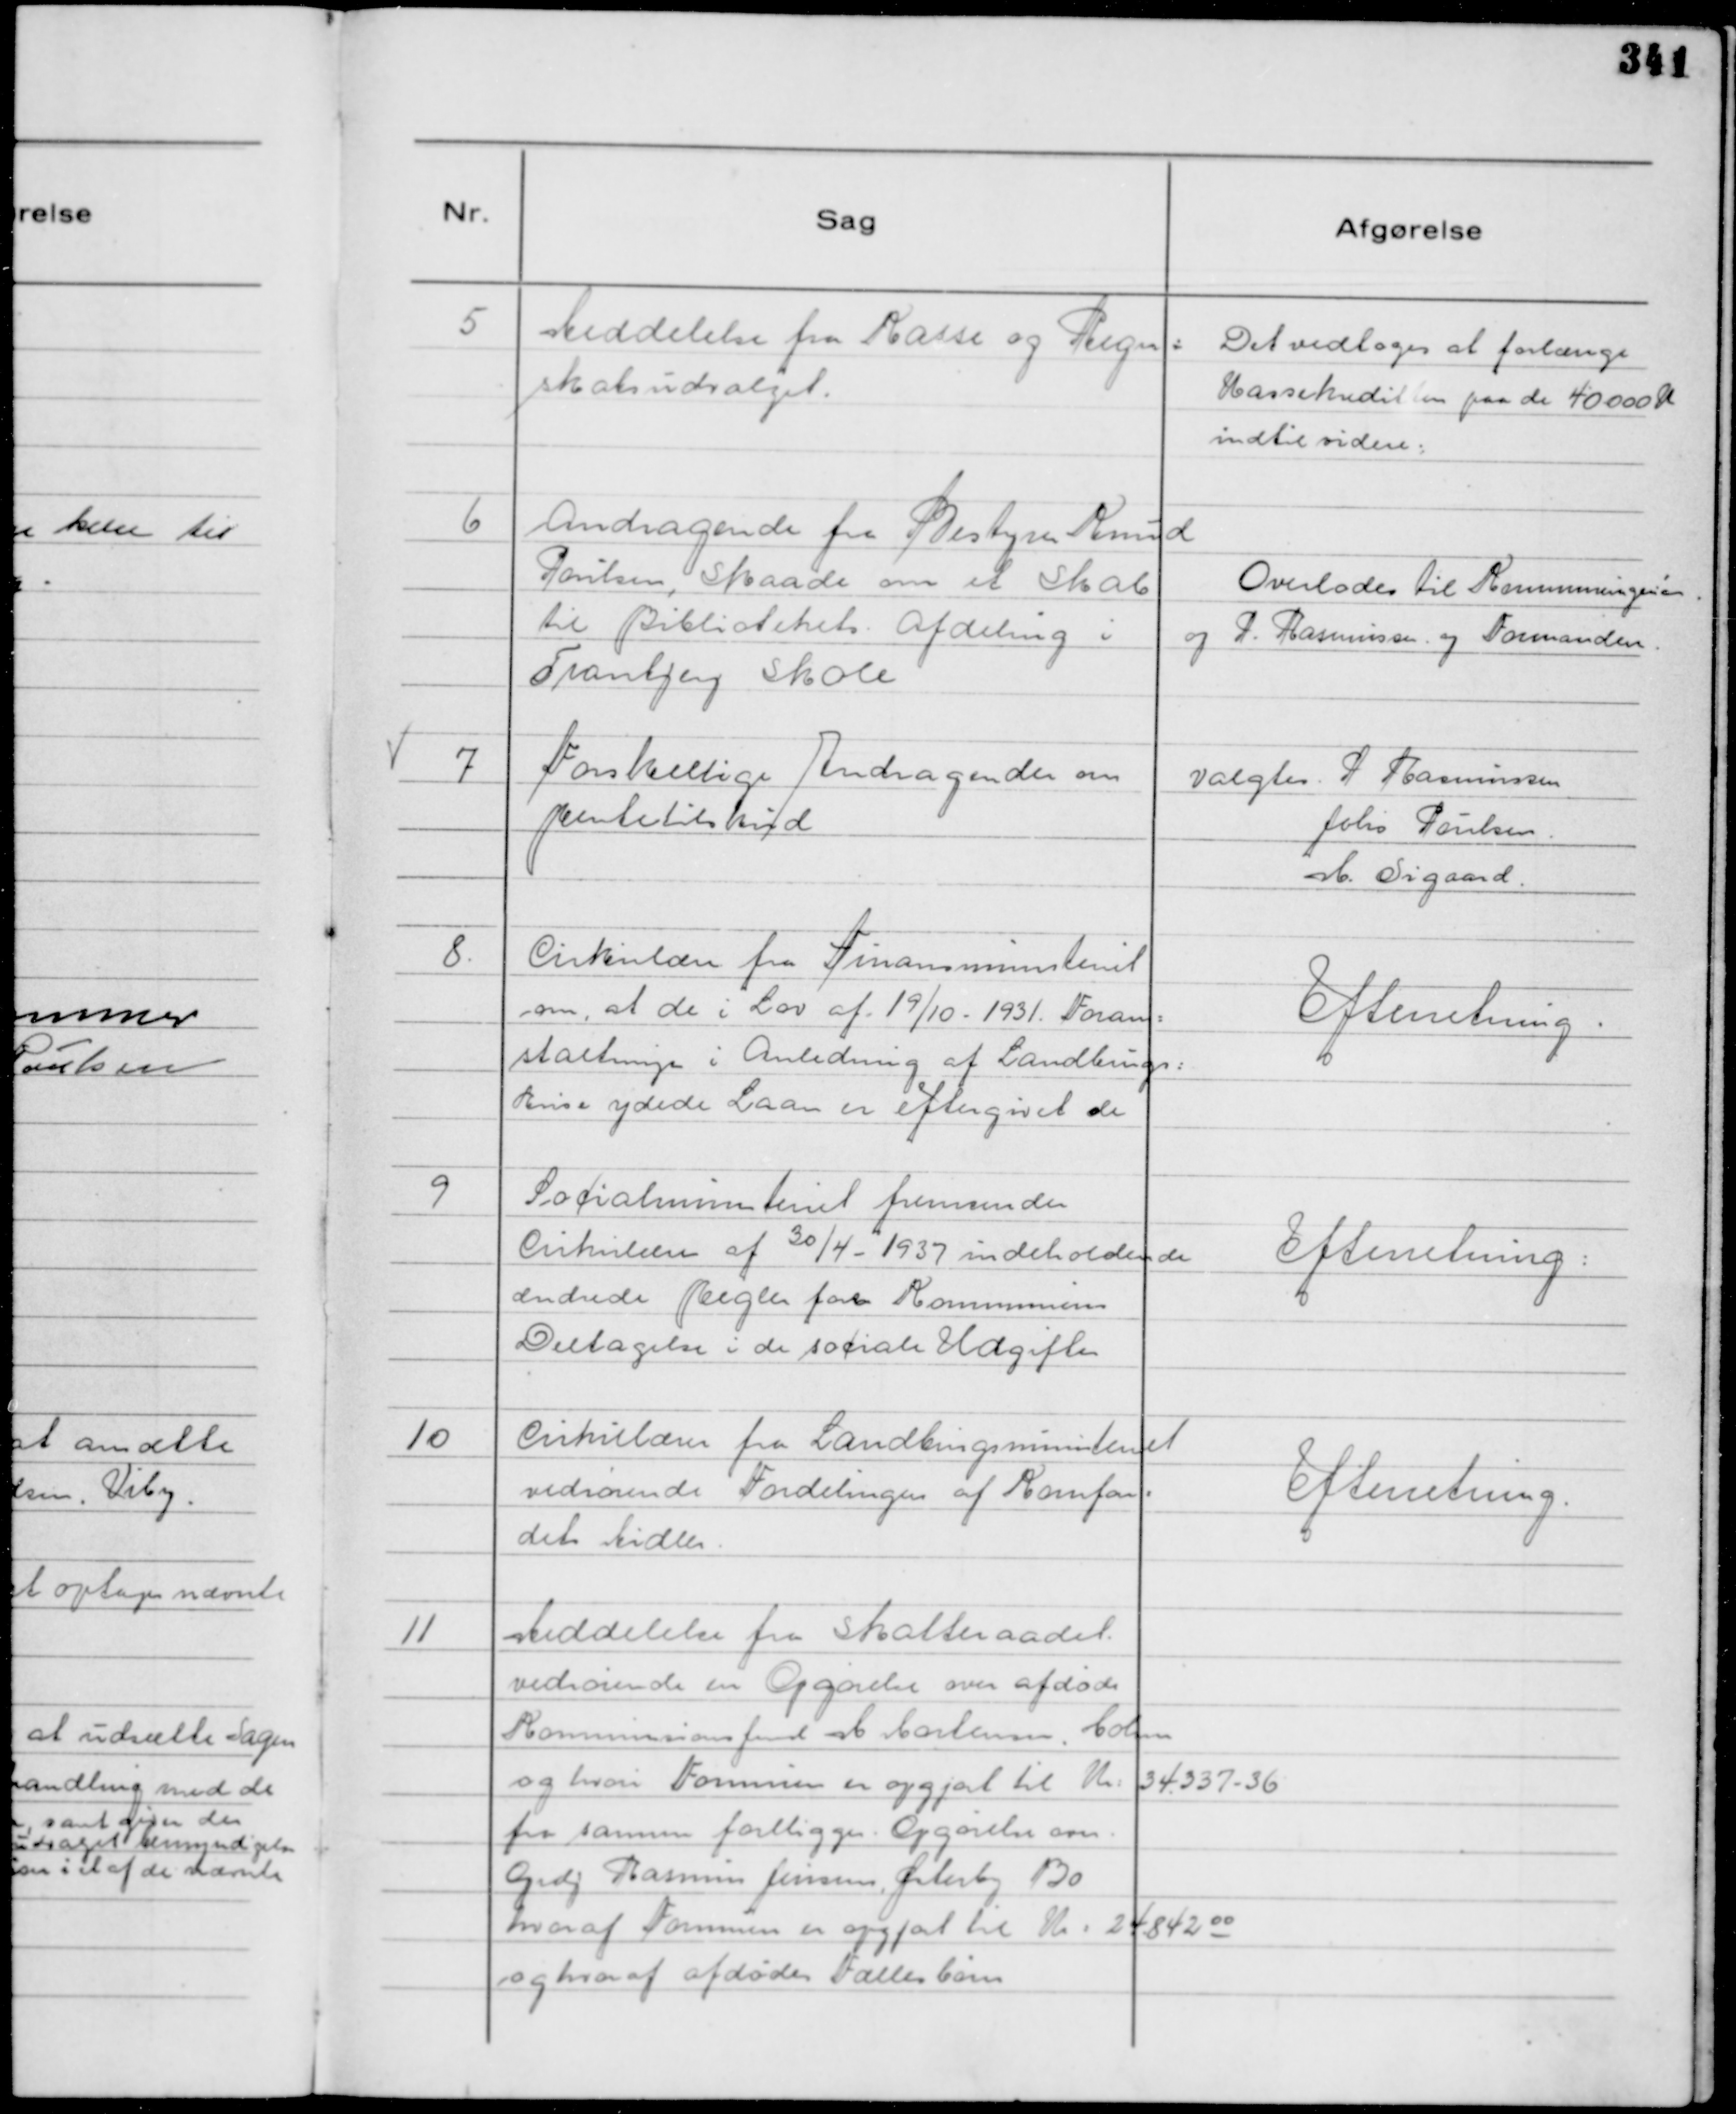
Transskription:
5
Meddelelse fra Kasse og Regn=
skabsudvalget.

Det vedtoges at forlænge
Kassekreditten paa de 40000 K
indtil videre:

6
Andragende fra Bestyrer Knud
Poulsen, Skaade om et Skab
til Bibliotekets Afdeling i
Tranbjerg Skole

Overlodes til Kommuneingeniør.
og P. Rasmussen. og Formanden.

7
Forskellige Andragender om
Rentetilskud

Valgtes. P Rasmussen
Johs Poulsen.
M. Sigaard.

8.
Cirkulære fra Finansministeriet
om, at de i Lov af 19/10 - 1931. Foran=
staltninger i Anledning af Landbrugs:
krise ydede Laan er eftergivet de

Efterretning.

9
Socialministeriet fremsender
Cirkulære af 30/4  - 1937 indeholdende
ændrede Regler for Kommunens
Deltagelse i de sociale Udgifter

Efterretning:

10
Cirkulære fra Landbrugsministeriet
vedrørende Fordelingen af Kornfon-
dets Midler.

Efterretning.

11
Meddelelse fra Skatteraadet
vedrørende en Opgørelse over afdøde
Kommissions fmd M Mortensen, Holme
og hvori Formuen er opgjort til Kr: 34.337 - 36
fra samme foreligger . Opgørelse over
Grdj Rasmus Jensen Østerby 130
hvoraf Formuen er opgjort til Kr : 24.842 00
og hvoraf afdødes Fælles børn